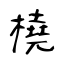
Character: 橈